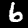
Digit: 6